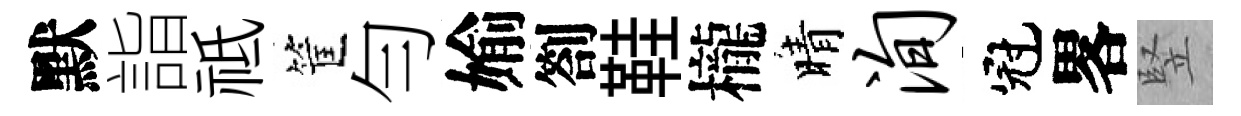
默詣祗筐勻媮劄鞋櫳晴洵冠畧竪